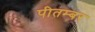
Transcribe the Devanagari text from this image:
पीतम्बर